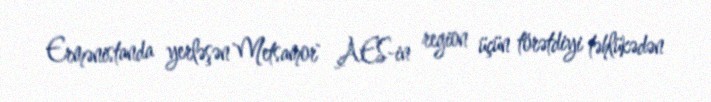
Ermənistanda yerləşən `Metsamor` AES-in region üçün törətdiyi təhlükədən